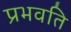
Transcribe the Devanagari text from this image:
प्रभवति